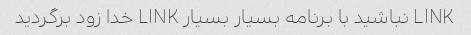
LINK نباشید با برنامه بسیار بسیار LINK خدا زود برگردید